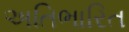
અતિભારિત